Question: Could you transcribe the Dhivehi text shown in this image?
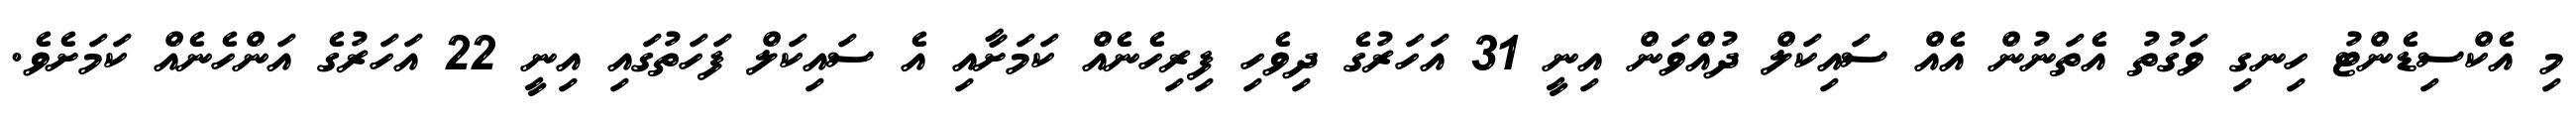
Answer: މި އެކްސިޑެންޓު ހިނގި ވަގުތު އެތަނުން އެއް ސައިކަލް ދުއްވަން އިނީ 31 އަހަރުގެ ދިވެހި ފިރިހެނެއް ކަމަށާއި އެ ސައިކަލް ފަހަތުގައި އިނީ 22 އަހަރުގެ އަންހެނެއް ކަމަށެވެ.